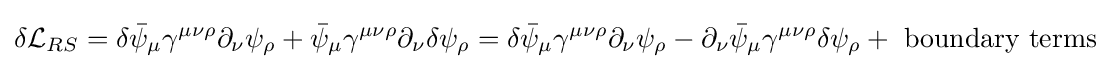
\delta {\mathcal {L}}_{RS}=\delta {\bar {\psi }}_{\mu }\gamma ^{\mu \nu \rho }\partial _{\nu }\psi _{\rho }+{\bar {\psi }}_{\mu }\gamma ^{\mu \nu \rho }\partial _{\nu }\delta \psi _{\rho }=\delta {\bar {\psi }}_{\mu }\gamma ^{\mu \nu \rho }\partial _{\nu }\psi _{\rho }-\partial _{\nu }{\bar {\psi }}_{\mu }\gamma ^{\mu \nu \rho }\delta \psi _{\rho }+{\text{ boundary terms}}